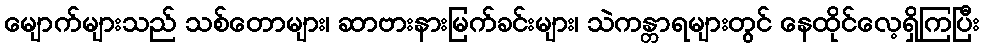
မျောက်များသည် သစ်တောများ၊ ဆာဗားနားမြက်ခင်းများ၊ သဲကန္တာရများတွင် နေထိုင်လေ့ရှိကြပြီး